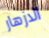
الازهار